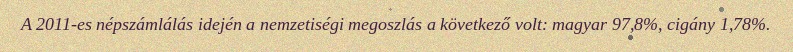
A 2011-es népszámlálás idején a nemzetiségi megoszlás a következő volt: magyar 97,8%, cigány 1,78%.